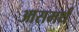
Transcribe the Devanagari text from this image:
आसमर्थ